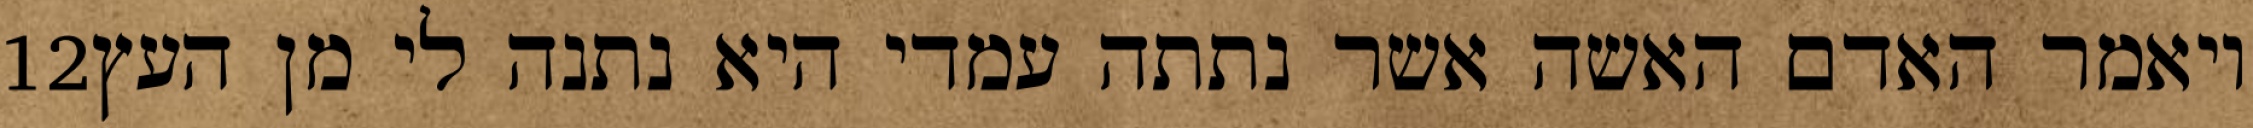
‎12‏ ויאמר האדם האשה אשר נתתה עמדי היא נתנה לי מן העץ